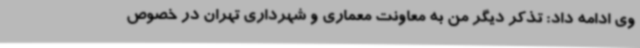
وی ادامه داد: تذکر دیگر من به معاونت معماری و شهرداری تهران در خصوص